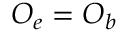
O _ { e } = O _ { b }